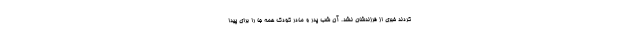
کردند خبری از فرزندشان نشد. آن شب پدر و مادر کودک همه جا را برای پیدا